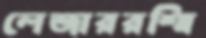
লেজাররশ্মি